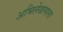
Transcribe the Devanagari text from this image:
अभिलेखमाला